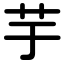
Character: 芋